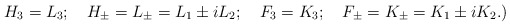
\begin{align*}H_3 = L_3;\quad H_{\pm} = L_{\pm} = L_1 \pm iL_2;\quad F_3 = K_3;\quad F_{\pm} = K_{\pm} = K_1 \pm iK_2.) \end{align*}